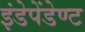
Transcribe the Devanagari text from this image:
इंडेपेंडेण्ट